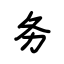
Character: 务